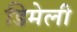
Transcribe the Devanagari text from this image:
डिमेली